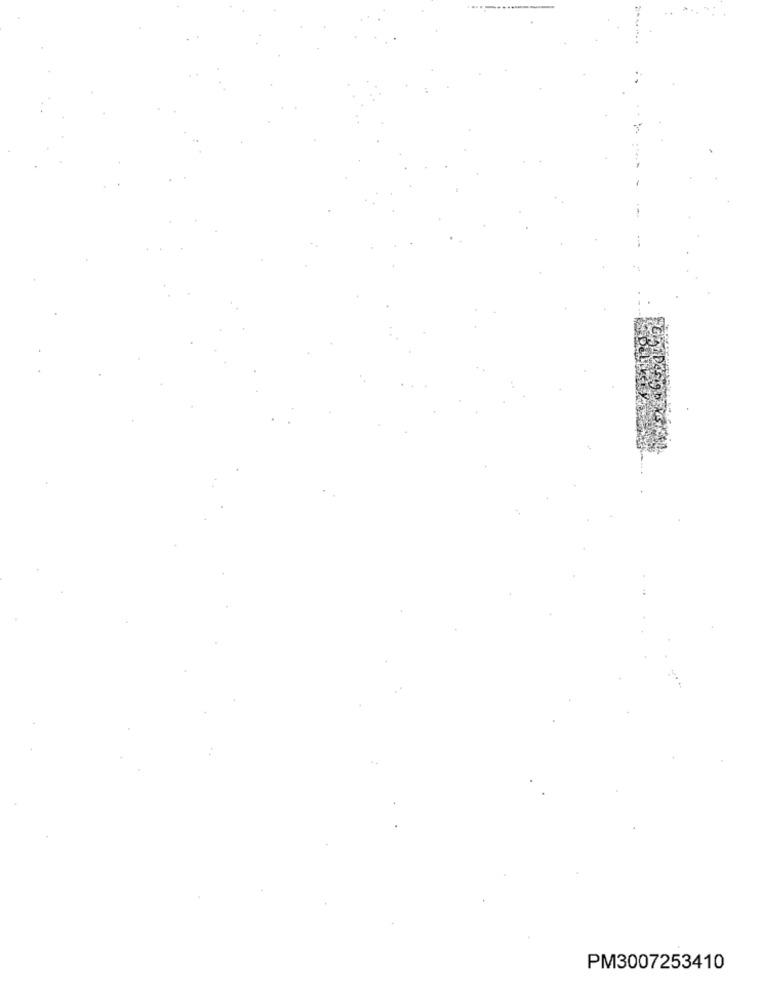
PM3007253410